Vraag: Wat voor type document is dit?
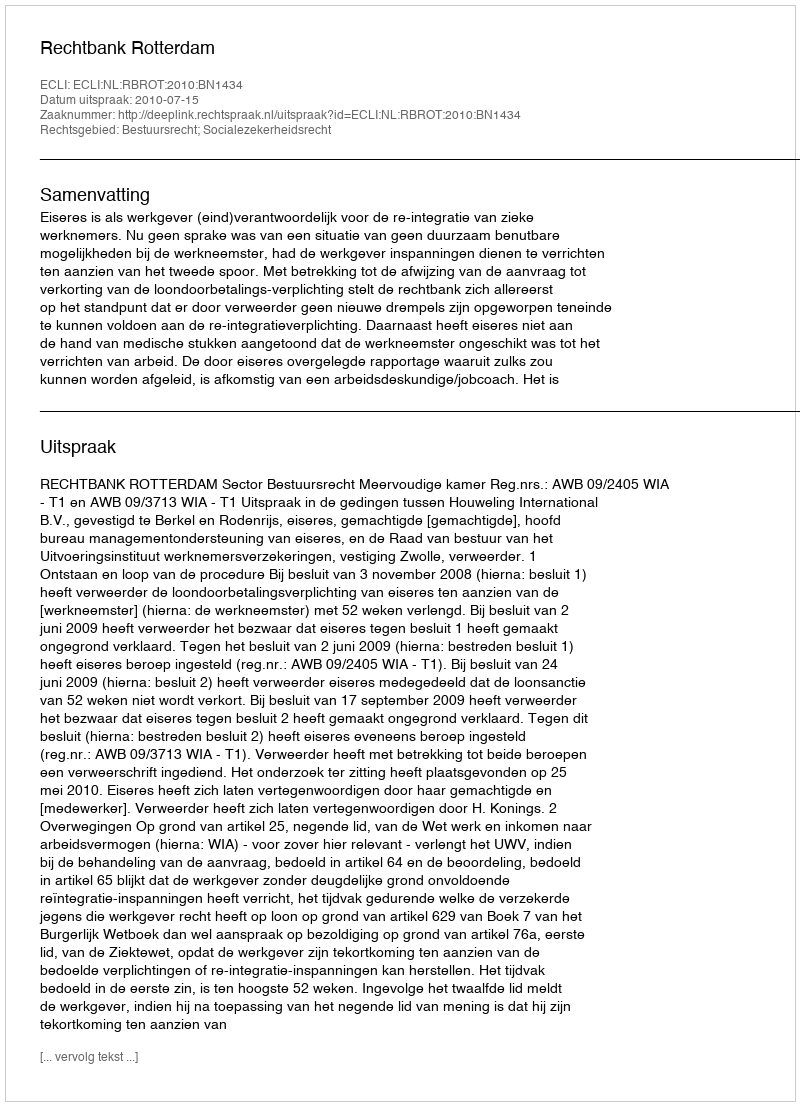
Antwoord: Uitspraak